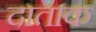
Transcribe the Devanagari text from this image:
दाताक